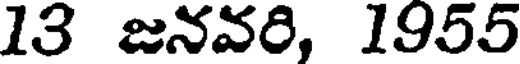
13 జనవరి, 1955